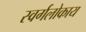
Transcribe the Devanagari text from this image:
स्वर्गलोकाय